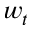
w _ { t }